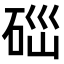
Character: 𥒤